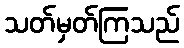
သတ်မှတ်ကြသည်